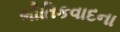
ભૌતિકવાદના